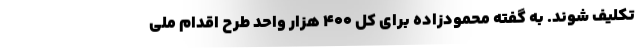
تکلیف شوند. به گفته محمودزاده برای کل ۴۰۰ هزار واحد طرح اقدام ملی